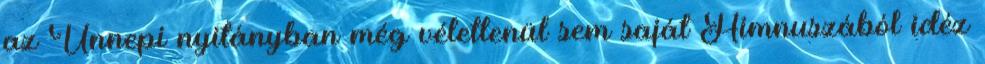
az Ünnepi nyitányban még véletlenül sem saját Himnuszából idéz